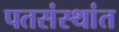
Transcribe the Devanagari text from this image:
पतसंस्थांत